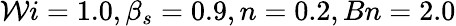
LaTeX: \mathcal{W}i=1.0,\beta_{s}=0.9,n=0.2,Bn=2.0